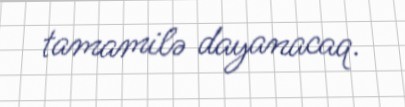
tamamilə dayanacaq.